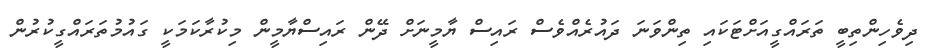
ދިވެހިންތިބީ ތަރައްގީއަށްޓަކައި ތިންވަނަ ދައުރެއްވެސް ރައިސް ޔާމީނަށް ދޭން ރައިސްޔާމީން މިކުރާކަމަކީ ގައުމުތަރައްގީކުރުން